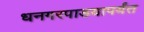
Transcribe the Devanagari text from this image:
धनगरपाडयापर्यंत